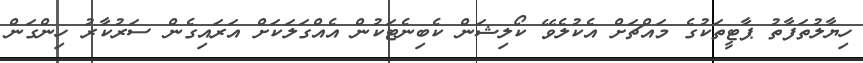
ހިޔާލުތަފާތު ޕާޓީތަކުގެ މައްޗަށް އެކުލެވޭ ކޯލިޝަން ކެބިނެޓަކުން އެއްގަލަކަށް އަރައިގެން ސަރުކާރު ހިންގަން